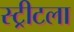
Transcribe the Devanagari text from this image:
स्ट्रीटला